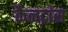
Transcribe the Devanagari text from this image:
कैलट्रांस